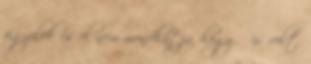
figyelek és el nem mondhatja, hogy ő is volt.